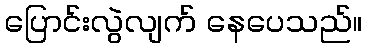
ပြောင်းလွဲလျက် နေပေသည်။